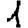
Digit: 1